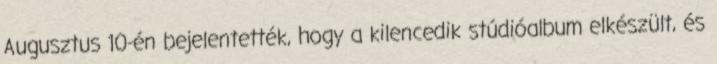
Augusztus 10-én bejelentették, hogy a kilencedik stúdióalbum elkészült, és